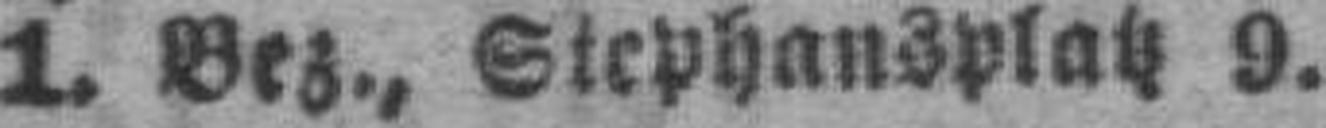
1. Bez., Stephansplatz 9.